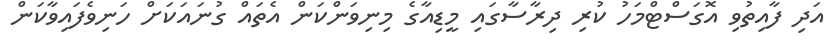
އަދި ފާއިތުވި އޮގަސްޓްމަހު ކުރި ދިރާސާގައި މީޑިއާގެ މިނިވަންކަން އެތައް ގުނައަކަށް ހަނިވެފައިވާކަން